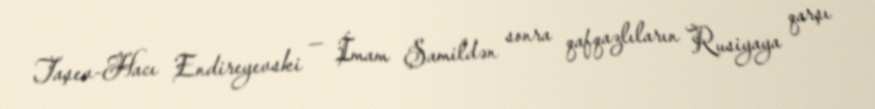
Taşev-Hacı Endireyevski — İmam Şamildən sonra qafqazlıların Rusiyaya qarşı